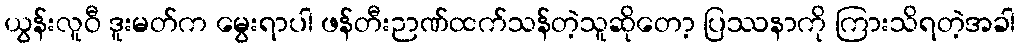
ယွန်းလူဝီ ဒူးမတ်က မွေးရာပါ ဖန်တီးဉာဏ်ထက်သန်တဲ့သူဆိုတော့ ပြဿနာကို ကြားသိရတဲ့အခါ